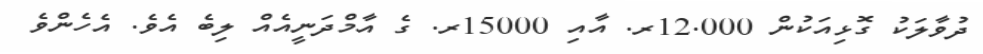
ދުވާލަކު ގޮޅިއަކުން 12.000ރ. އާއި 15000ރ. ގެ އާމްދަނީއެއް ލިބެ އެވެ. އެހެންވެ